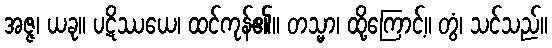
အဇ္ဇ၊ ယခု။ ပဋိဿယေ၊ ထင်ကုန်၏။ တသ္မာ၊ ထို့ကြောင့်။ တွံ၊ သင်သည်။